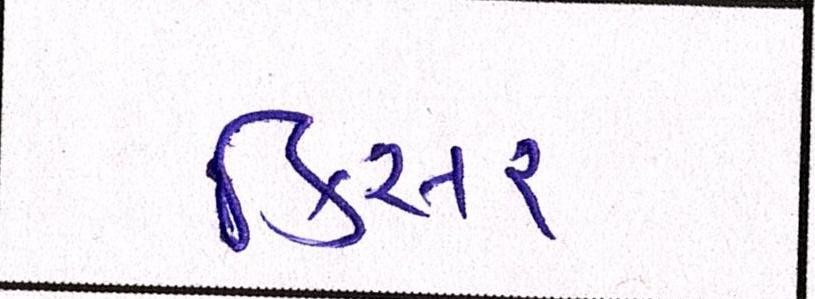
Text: કિસર